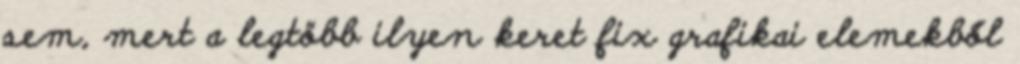
sem, mert a legtöbb ilyen keret fix grafikai elemekből